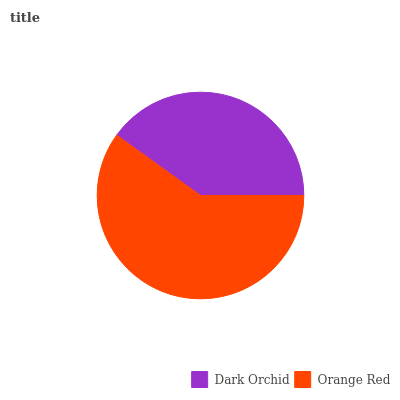
| Dark Orchid | Orange Red |
 | --- | --- |
 | 40.1% | 59.9% |